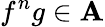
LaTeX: f^{n}g\in\mathbf{A}